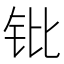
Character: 𬬫